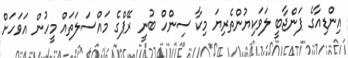
އިންޑިއާގެ ޕަންޖާބީ ލަވަކިޔުންތެރިޔަ މިކާ ސިންހް ބުނީ ރޭޕްގެ މައްސަލަތައް މީހުން އަވަހަށް